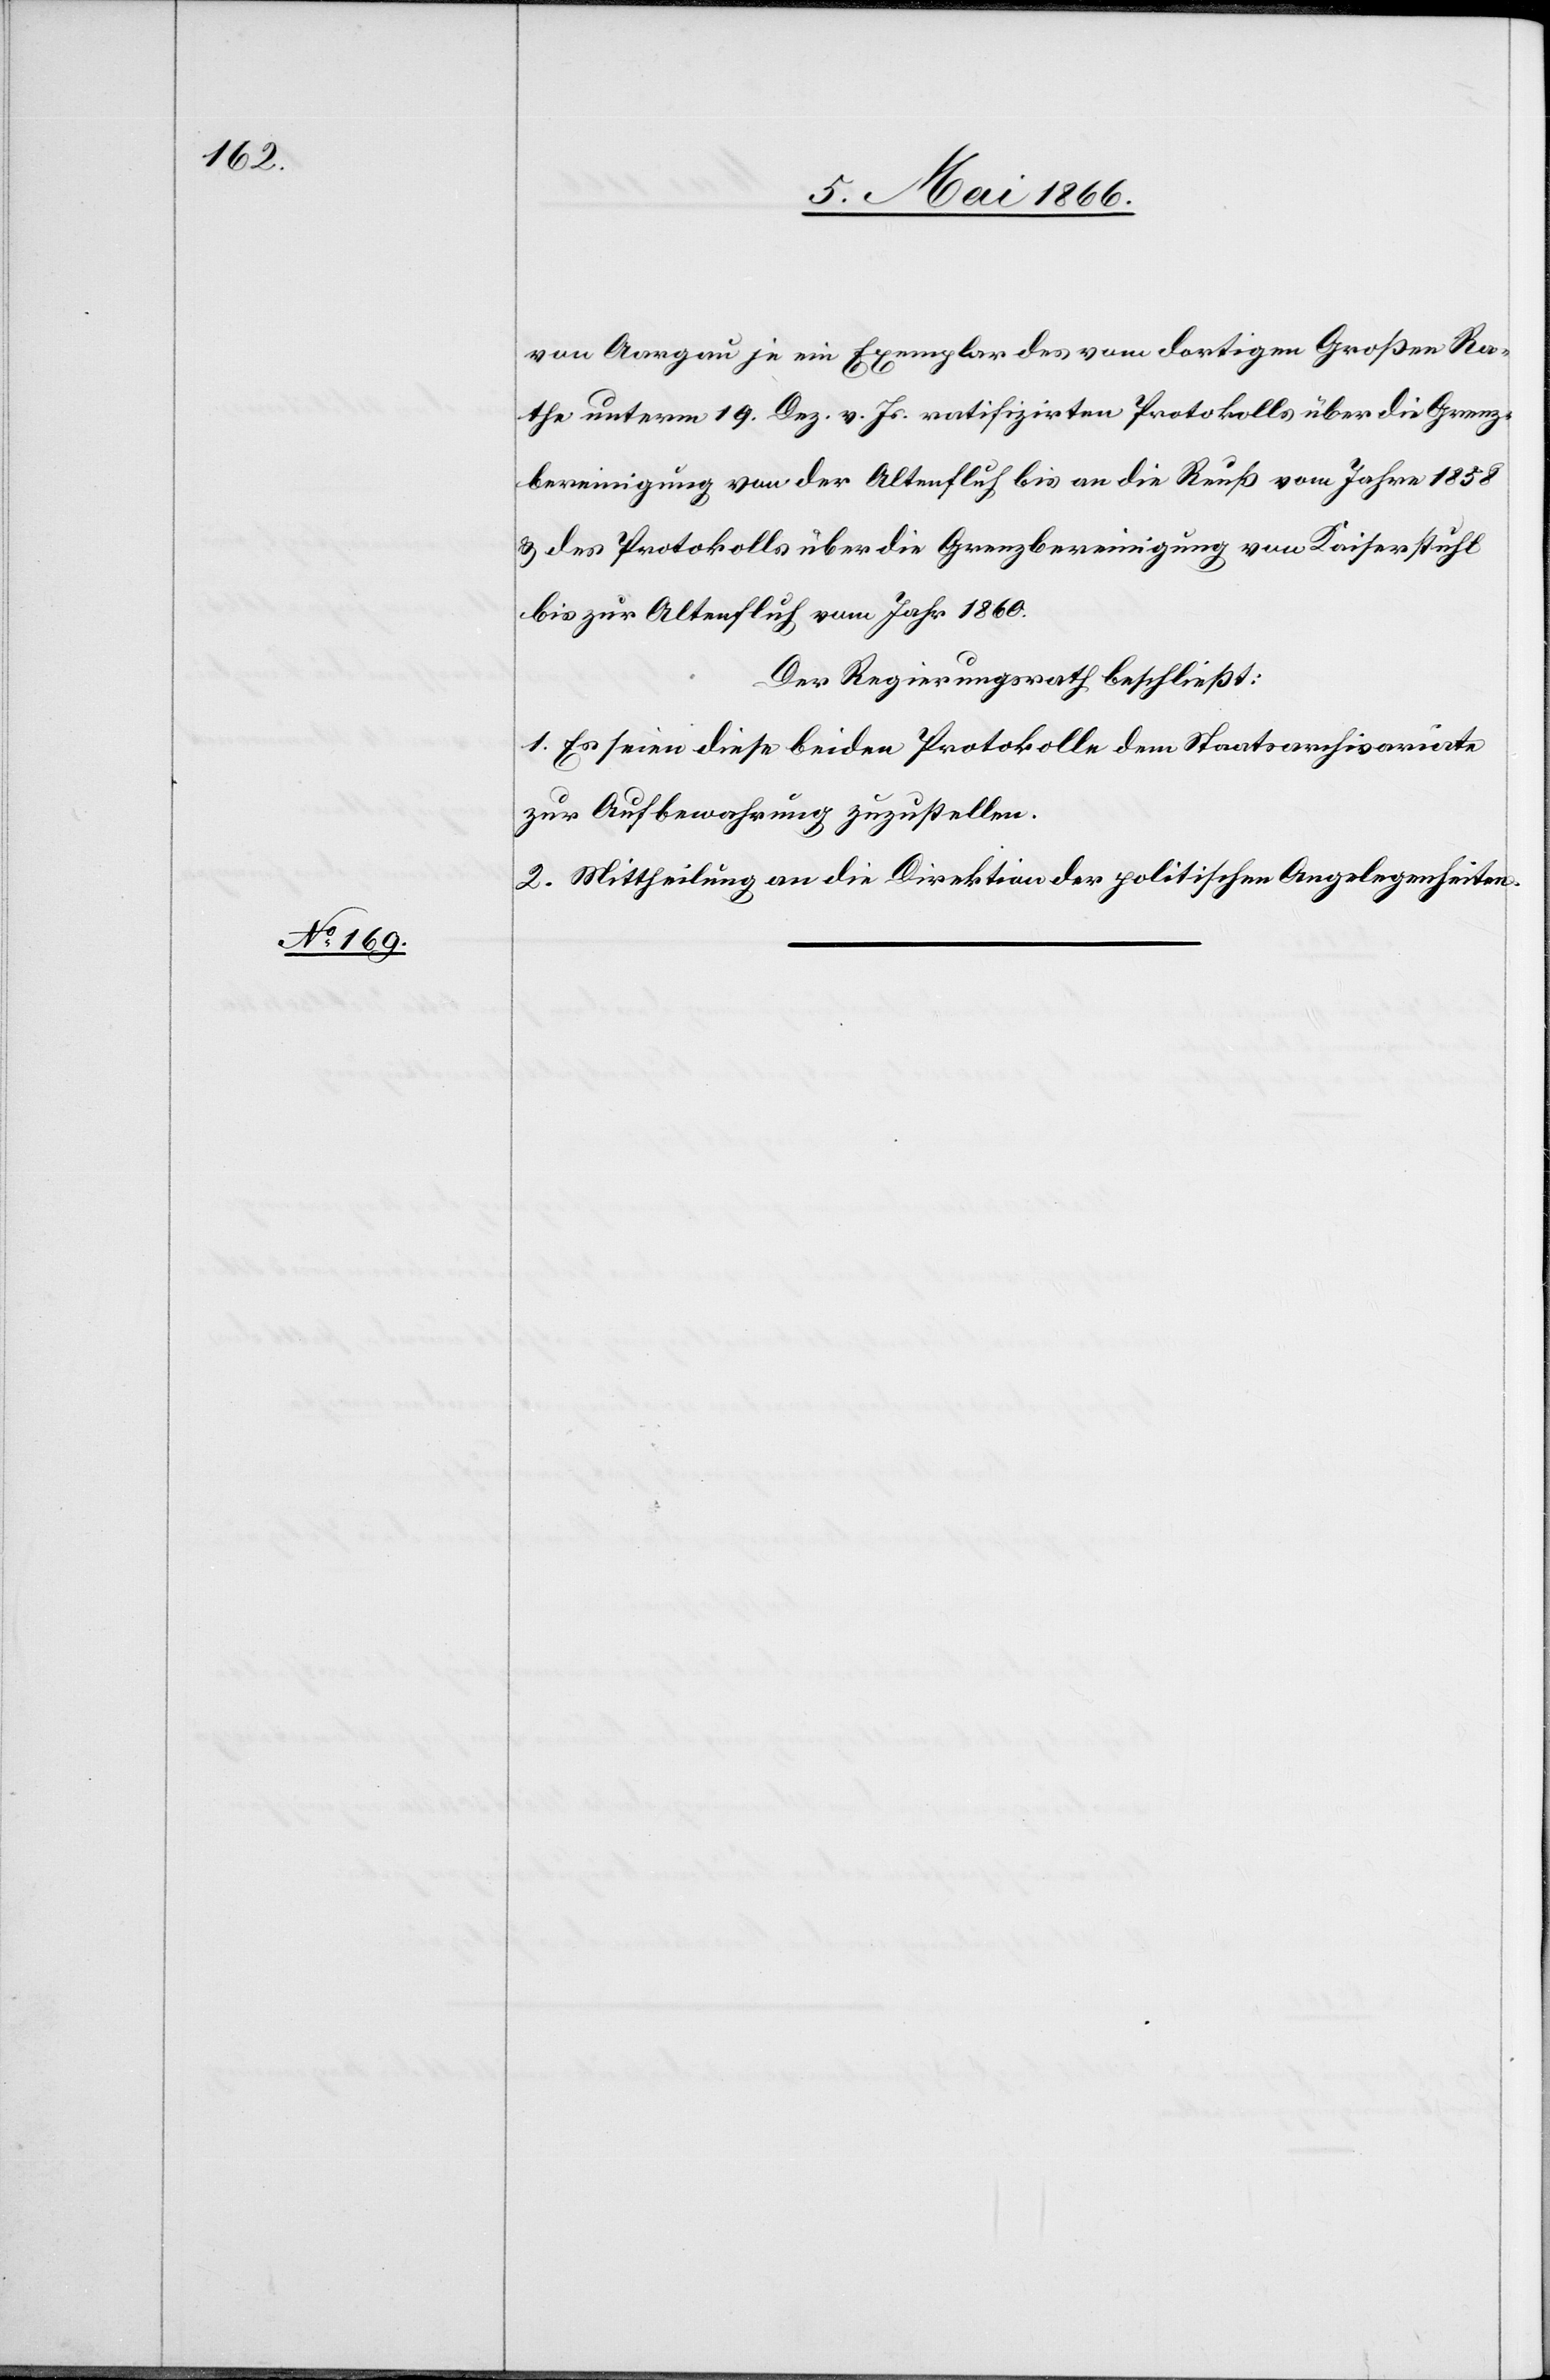
von Aargau je ein Exemplar des von dortigem Großen Ra¬
the unterm 19. Dez. v. Js ratifizirten Protokolls über die Grenz¬
bereinigung von der Altenfluh bis an die Reuß vom Jahre 1858
u. des Protokolls über die Grenzbereinigung von Kaiserstuhl
bis zur Altenfluh vom Jahr 1860.
Der Regierungsrath beschließt:
1. Es seien diese beiden Protokolle dem Staatsarchivariate
zur Aufbewahrung zuzustellen.
2. Mittheilung an die Direktion der politischen Angelegenheiten.